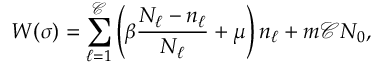
W ( \boldsymbol { \sigma } ) = \sum _ { \ell = 1 } ^ { \mathcal { C } } \left( \beta \frac { N _ { \ell } - n _ { \ell } } { N _ { \ell } } + \mu \right) n _ { \ell } + m \mathcal { C } N _ { 0 } ,